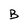
Character: B